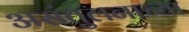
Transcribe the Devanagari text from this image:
असंतुलनाच्या